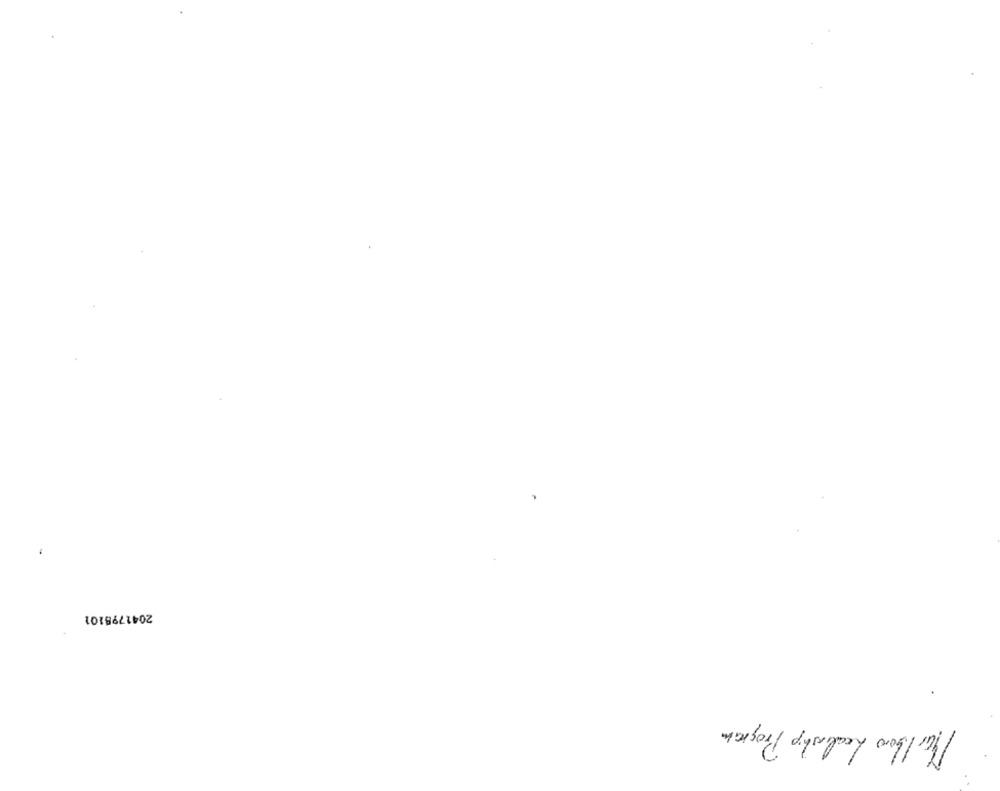
2041798101
Marlboro Leadership Program